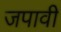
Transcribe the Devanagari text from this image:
जपावी